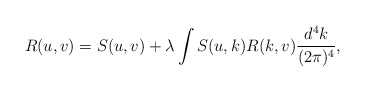
\begin{align*}R(u,v)=S(u,v)+\lambda\int S(u,k)R(k,v)\frac{d^4k}{(2\pi)^4},\end{align*}